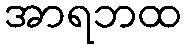
အာရဘထ